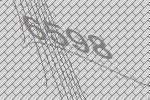
6598